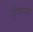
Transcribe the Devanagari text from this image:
ड्रॅगन्स